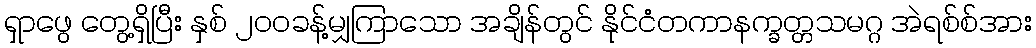
ရှာဖွေ တွေ့ရှိပြီး နှစ် ၂၀၀ခန့်မျှကြာသော အချိန်တွင် နိုင်ငံတကာနက္ခတ္တသမဂ္ဂ အဲရစ်စ်အား